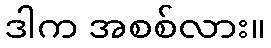
ဒါက အစစ်လား။